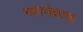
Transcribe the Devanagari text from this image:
महामेळावा